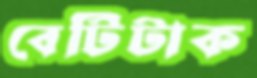
বেটিটাক